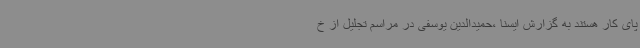
پای کار هستند به گزارش ایسنا ،حمیدالدین یوسفی در مراسم تجلیل از خ